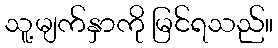
သူ့မျက်နှာကို မြင်ရသည်။